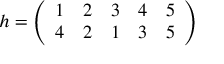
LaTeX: h = { \left( \begin{array} { l l l l l } { 1 } & { 2 } & { 3 } & { 4 } & { 5 } \\ { 4 } & { 2 } & { 1 } & { 3 } & { 5 } \end{array} \right) }